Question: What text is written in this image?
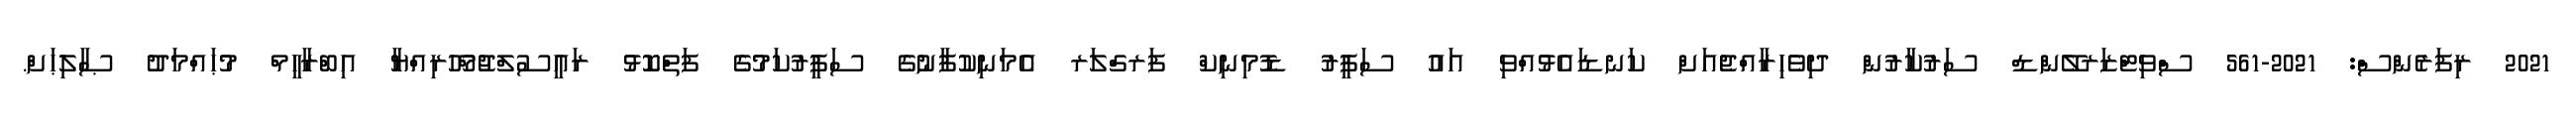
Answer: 2021 ރިފަރެންސް: 2021-561 ސްވިޓްޒަރލޭންޑް ސަރުކާރުން ދިވެހިރާއްޖެއަށް ކަނޑައެޅުއްވި އައު ސަފީރު ޑޮމިނިކް ފަރގްލަރ އެމަނިކުފާނުގެ ސަފީރުކަމުގެ ފަތްކޮޅު ރައީސުލްޖުމްހޫރިއްޔާ އިބްރާހީމް މުޙައްމަދު ޞާލިޙަށް.